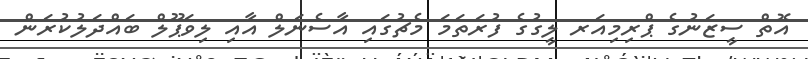
އޮތް ސީޒަނުގެ ޕްރިމިއަރ ލީގުގެ ފުރަތަމަ މެޗުގައި އާސެނަލް އާއި ލިވަޕޫލް ބައްދަލުކުރަން